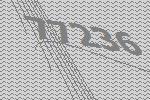
77236